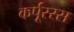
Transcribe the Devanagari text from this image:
कर्पूररस